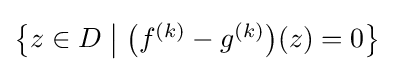
\textstyle {\bigl \{}z\in D\mathrel {\big \vert } {\bigl (}f^{(k)}-g^{(k)}{\bigr )}(z)=0{\bigr \}}